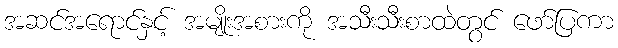
အဆင်အရောင်နှင့် အမျိုးအစားကို အသီးသီးစာထဲတွင် ဖော်ပြကာ